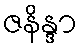
ဇနိန္ဒာ